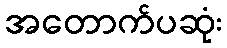
အတောက်ပဆုံး